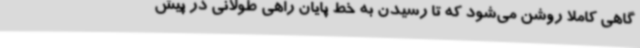
گاهی کاملا روشن می‌شود که تا رسیدن به خط پایان راهی طولانی در پیش